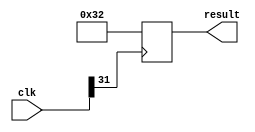
module constant(
    input [31:0] clk,
    output reg [7:0] result
);

localparam MY_CONST = 50; // Define a constant value of 50 in decimal format

always @(posedge clk[31]) begin
    result <= MY_CONST; // Assign the constant value to the output port
end

endmodule